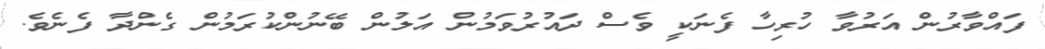
ފައްވާރުން އަރުވާ ހުރިހާ ފެނަކީ ވެސް ދައުރުވަމުން އަލުން ބޭނުންކުރަމުން ގެންދާ ފެނެވެ.